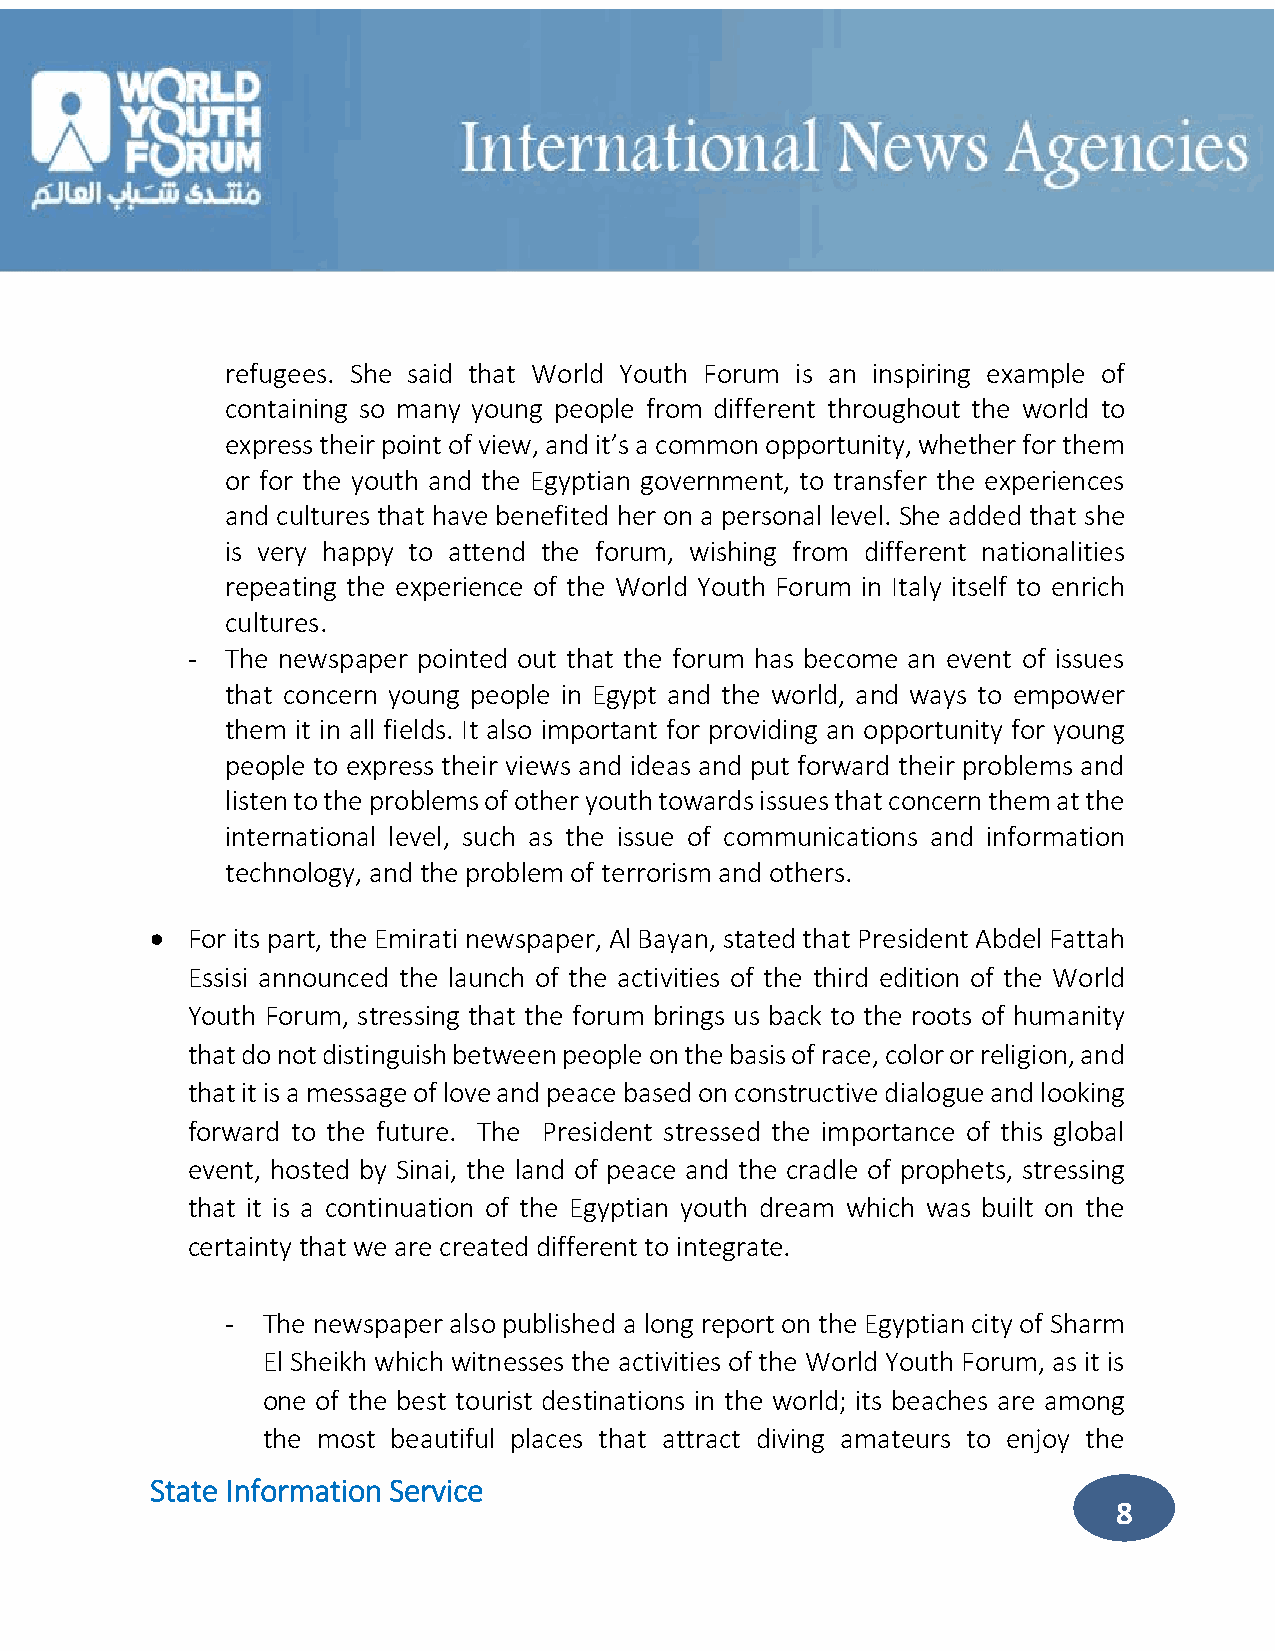
refugees. She said that World Youth Forum is an inspiring example of
 containing so many young people from different throughout the world to
 express their point of view, and it’s a common opportunity, whether for them
 or for the youth and the Egyptian government, to transfer the experiences
 and cultures that have benefited her on a personal level. She added that she
 is very happy to attend the forum, wishing from different nationalities
 repeating the experience of the World Youth Forum in Italy itself to enrich
 cultures.
 -  The newspaper pointed out that the forum has become an event of issues
 that concern young people in Egypt and the world, and ways to empower
 them it in all fields. It also important for providing an opportunity for young
 people to express their views and ideas and put forward their problems and
 listen to the problems of other youth towards issues that concern them at the
 international level, such as the issue of communications and information
 technology, and the problem of terrorism and others.
  For its part, the Emirati newspaper, Al Bayan, stated that President Abdel Fattah
 Essisi announced the launch of the activities of the third edition of the World
 Youth Forum, stressing that the forum brings us back to the roots of humanity
 that do not distinguish between people on the basis of race, color or religion, and
 that it is a message of love and peace based on constructive dialogue and looking
 forward to the future. The President stressed the importance of this global
 event, hosted by Sinai, the land of peace and the cradle of prophets, stressing
 that it is a continuation of the Egyptian youth dream which was built on the
 certainty that we are created different to integrate.
 - The newspaper also published a long report on the Egyptian city of Sharm
 El Sheikh which witnesses the activities of the World Youth Forum, as it is
 one of the best tourist destinations in the world; its beaches are among
 the most beautiful places that attract diving amateurs to enjoy the
 State Information Service
 8